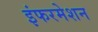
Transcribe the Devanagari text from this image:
इंफरमेशन